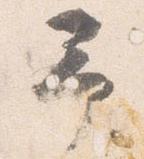
予